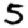
Digit: 5